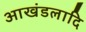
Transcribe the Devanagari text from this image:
आखंडलादि